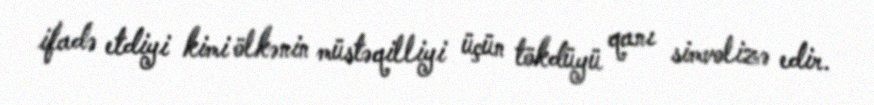
ifadə etdiyi kimi ölkənin müstəqilliyi üçün tökdüyü qanı simvolizə edir.